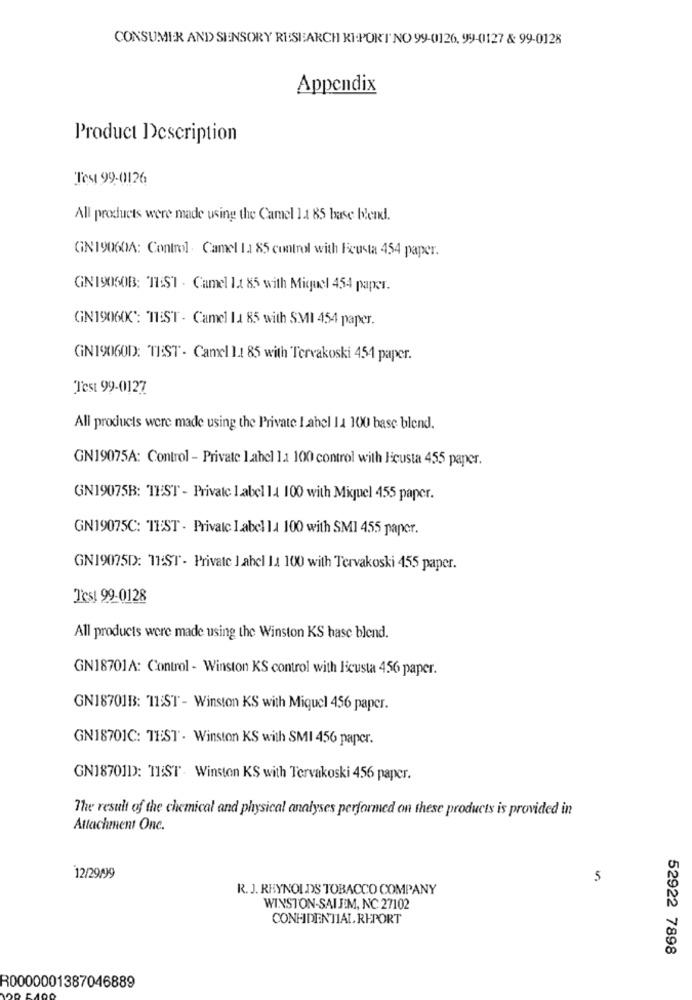
CONSUMER AND SENSORY RESEARCH KI.PORT' NO 99-0126, 99-0127 & 99-0128
Appendix
Product Description
Test 99-0126
All products were made using the Camel 11 85 base blend.
GN19060A: Control . Camel Ia 85 control with Ficusta 454 paper.
GN 19050B: TEST - Camel It 85 with Miquel 454 paper.
GN19060C: TEST - Camel Ia 85 with SMI 454 paper.
GN19060D: TEST - Camel 1.1 85 with Tervakoski 454 paper.
Test 99-0127
All products were made using the Private Label la 100 base blend.
GN19075A: Control - Private Label 11 100 control with Icusta 455 paper.
GN19075B: TEST - Private Label 14 100 with Miguel 455 paper.
GN19075C: TEST - Private Label la 100 with SMI 455 paper.
GN19075D: 11:ST - Private label 11 100 with Tervakoski 455 paper.
Test 99-0128
All products were made using the Winston KS hase blend.
GN18701A: Control - Winston KS control with Iicusta 456 paper.
GN18701B: 11:ST - Winston KS with Miquel 456 paper.
GN18701C: TEST . Winston KS with SMI 456 paper.
GN18701D: TEST - Winston KS with Tervakoski 456 paper.
The result of the chemical and physical analyses performed on these products is provided in
Attachment Onc.
12/29/99
5
R. J. REYNOLDS TOBACCO COMPANY
WINSTON-SALEM, NC 27102
CONFIDENTIAL,REPORT
52922 7898
R0000001387046889